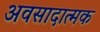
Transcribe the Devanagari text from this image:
अवसादात्मक